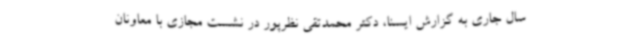
سال جاری به گزارش ایسنا، دکتر محمدتقی نظرپور در نشست مجازی با معاونان